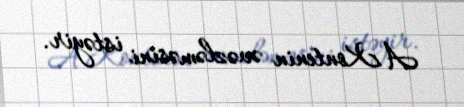
A.Kontenin əvəzləməsini istəyir.